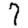
Digit: 7